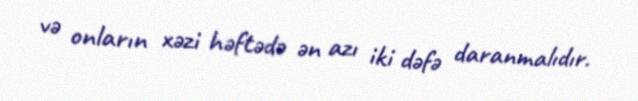
və onların xəzi həftədə ən azı iki dəfə daranmalıdır.